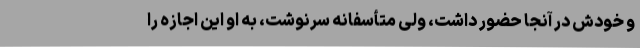
و خودش در آنجا حضور داشت، ولی متأسفانه سرنوشت، به او این اجازه را